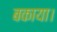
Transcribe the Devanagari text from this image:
बकाया।